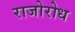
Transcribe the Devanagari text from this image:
राजोरोध